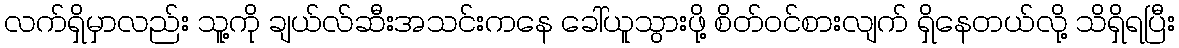
လက်ရှိမှာလည်း သူ့ကို ချယ်လ်ဆီးအသင်းကနေ ခေါ်ယူသွားဖို့ စိတ်ဝင်စားလျက် ရှိနေတယ်လို့ သိရှိရပြီး